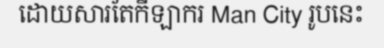
ដោយសារតែកីឡាករ Man City រូបនេះ